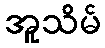
အူသိမ်